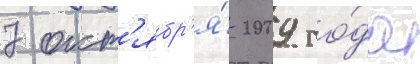
7 окт'ябр'я́ 2009 го́да